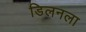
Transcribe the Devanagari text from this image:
डिलनला